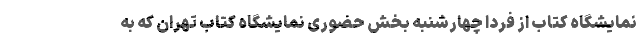
نمایشگاه کتاب از فردا چهارشنبه بخش حضوری نمایشگاه کتاب تهران که به